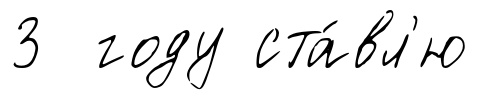
3 году ста́вл'ю